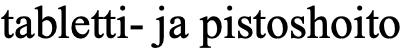
tabletti- ja pistoshoito